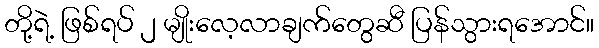
တို့ရဲ့ ဖြစ်ရပ် ၂ မျိုးလေ့လာချက်တွေဆီ ပြန်သွားရအောင်။